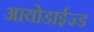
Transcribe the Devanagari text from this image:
आयोडाईज्ड